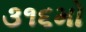
૩૧૬મો